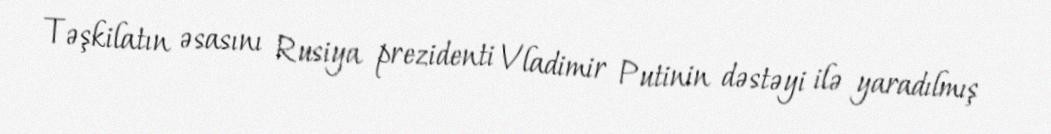
Təşkilatın əsasını Rusiya prezidenti Vladimir Putinin dəstəyi ilə yaradılmış